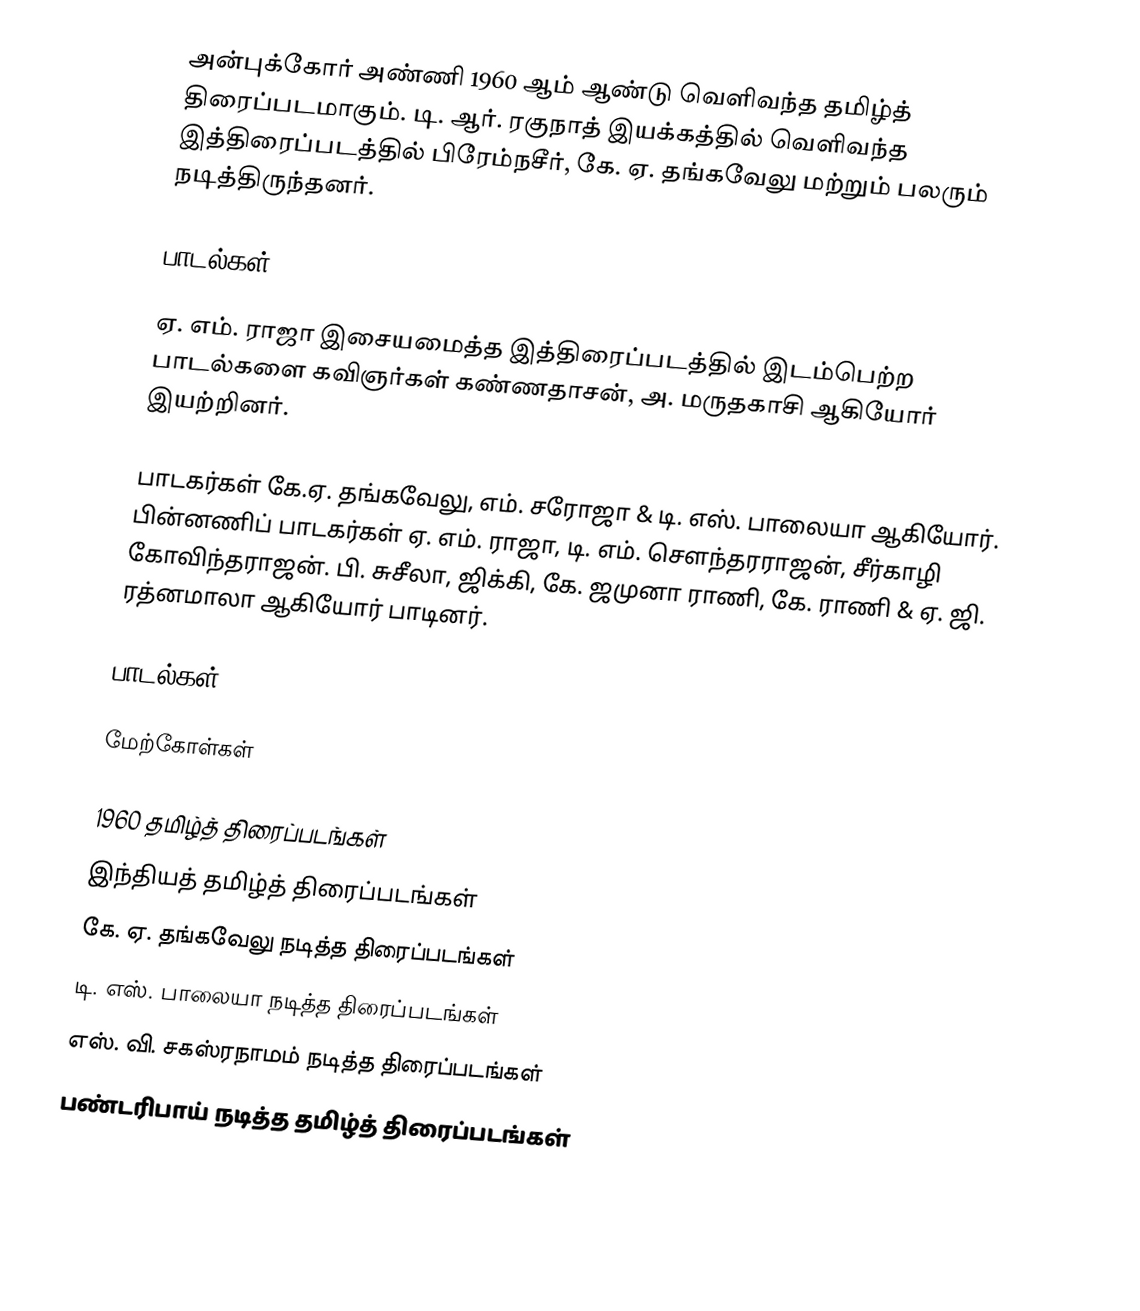
அன்புக்கோர் அண்ணி 1960 ஆம் ஆண்டு வெளிவந்த தமிழ்த் திரைப்படமாகும். டி. ஆர். ரகுநாத் இயக்கத்தில் வெளிவந்த இத்திரைப்படத்தில் பிரேம்நசீர், கே. ஏ. தங்கவேலு மற்றும் பலரும் நடித்திருந்தனர்.

பாடல்கள்

ஏ. எம். ராஜா இசையமைத்த இத்திரைப்படத்தில் இடம்பெற்ற பாடல்களை கவிஞர்கள் கண்ணதாசன், அ. மருதகாசி ஆகியோர் இயற்றினர்.

பாடகர்கள்  கே.ஏ. தங்கவேலு, எம். சரோஜா & டி. எஸ். பாலையா ஆகியோர். பின்னணிப் பாடகர்கள் ஏ. எம். ராஜா, டி. எம். சௌந்தரராஜன், சீர்காழி கோவிந்தராஜன். பி. சுசீலா, ஜிக்கி, கே. ஜமுனா ராணி, கே. ராணி & ஏ. ஜி. ரத்னமாலா ஆகியோர் பாடினர்.

பாடல்கள்

மேற்கோள்கள்

1960 தமிழ்த் திரைப்படங்கள்
இந்தியத் தமிழ்த் திரைப்படங்கள்
கே. ஏ. தங்கவேலு நடித்த திரைப்படங்கள்
டி. எஸ். பாலையா நடித்த திரைப்படங்கள்
எஸ். வி. சகஸ்ரநாமம் நடித்த திரைப்படங்கள்
பண்டரிபாய் நடித்த தமிழ்த் திரைப்படங்கள்